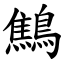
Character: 鷦